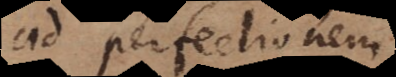
ad perfectionem